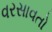
વરસાવતો